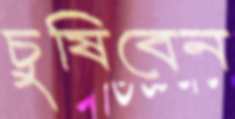
চুষিবেন